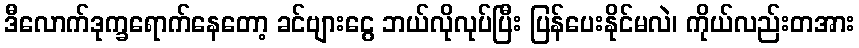
ဒီလောက်ဒုက္ခရောက်နေတော့ ခင်ဗျားငွေ ဘယ်လိုလုပ်ပြီး ပြန်ပေးနိုင်မလဲ၊ ကိုယ်လည်းတအား